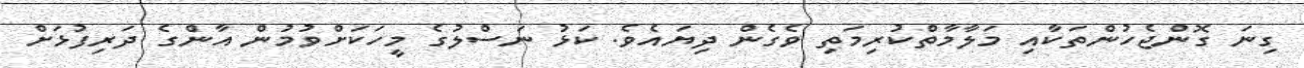
ގިނަ ގޮންޖެހުންތަކާއި މަލާމާތްކުރިމަތި ވެގެން ދިޔައެވެ. ކަޅު ނަސްލުގެ މީހަކަށްވުމުން އާންގެ ދަރިފުޅަށް